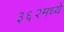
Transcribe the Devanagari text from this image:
३६२मध्ये